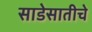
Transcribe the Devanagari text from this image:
साडेसातीचे